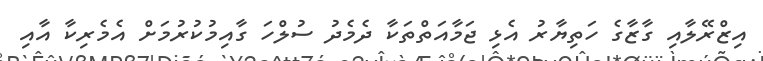
އިޒްރޭލާއި ގާޒާގެ ހަތިޔާރު އެޅި ޖަމާއަތްތަކާ ދެމެދު ސުލްހަ ގާއިމުކުރުމަށް އެމެރިކާ އާއި